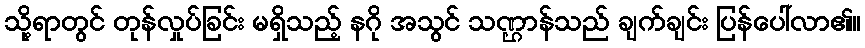
သို့ရာတွင် တုန်လှုပ်ခြင်း မရှိသည့် နဂို အသွင် သဏ္ဌာန်သည် ချက်ချင်း ပြန်ပေါ်လာ၏။